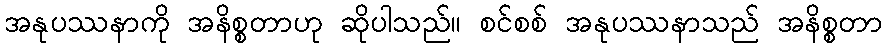
အနုပဿနာကို အနိစ္စတာဟု ဆိုပါသည်။ စင်စစ် အနုပဿနာသည် အနိစ္စတာ